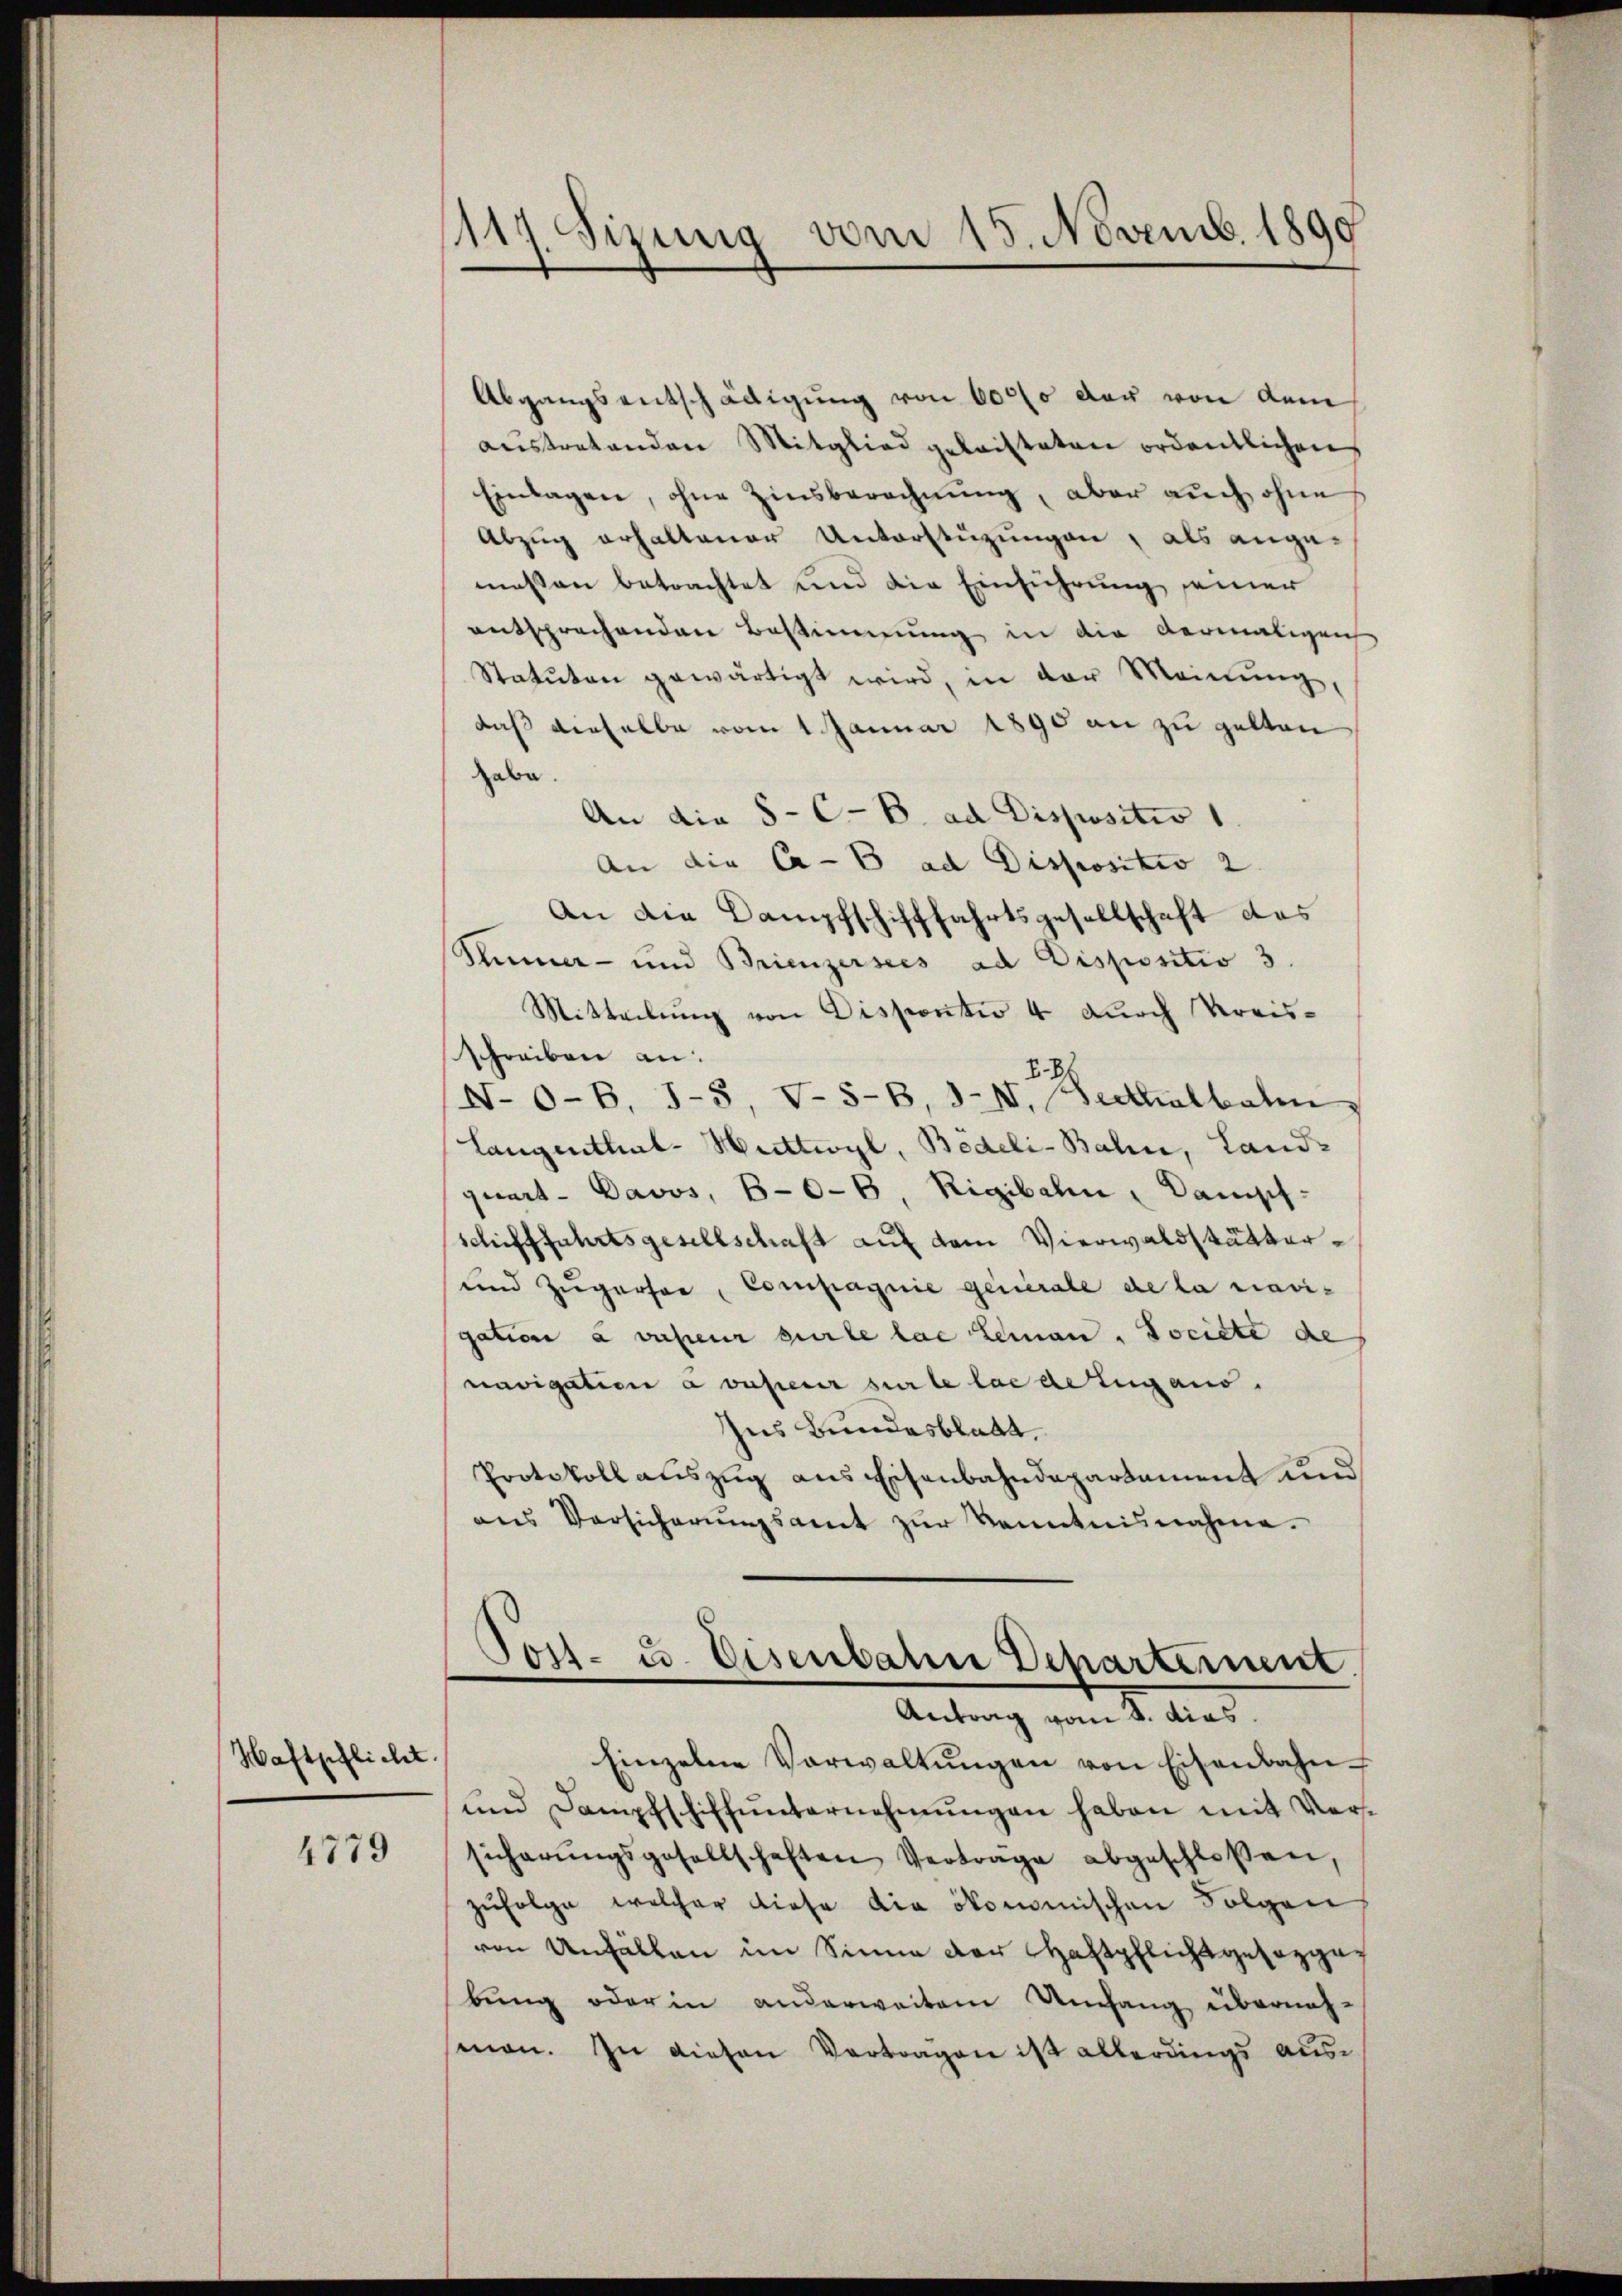
Haftpflicht.

4779

117. Sizung vom 15. Novemb. 1890

Abgangsentschädigung von 6000 der von dem
austretenden Mitglied geleisteten ordentlichen
Einlagen, ohne Zinsberechnung, aber auch ohne
Abzug erhaltener Unterstüzungen, als ange-
messen betrachtet und die Einführung seiner
entsprechenden Bestimmung in die dermaligen
Statuten gewärtigt wird, in der Meinŭng,
daß dieselbe vom 1 Januar 1890 an zu gelten
habe.
An die 8-C-B. ad Dispositiv 1
An die Ca-b ad Dispositiv 2.
An die Dampfschifffahrtsgesellschaft des
Stimmer- und Brienzersees ad Dispositio 3.
Mitteilung von Dispontiv 4. Durch Vereisschreiben an:
1.
N.O-B, J-8, V-S-B, III. Seithalbahn
Langenthal-Huttwyl, Bedeli-Bahn, Landquart - Davos, B-0-b. Rigibahn, Dampf-
schifffahrtsgesellschaft auf dem Vierwaldstätter¬
und Zugerfer, Compagnie generale de la revigation à valeur perte lae Leman, Societe de
navigation à vnserer sur le la de Lugano.
Ins Bundesblatt.
Protokoll auszug aus Eisenbahndepartement und
ans Versicherŭngsamt zŭr Kenntnisnahme.
Post- u. Eisenbahn Departement
Antrag vom 8. dies
Einzelne Verwaltŭngen von Eisenbahn-
und Dampfschiff ŭnternehmungen haben mit Versicherŭngsgesellschaften Vertrage abgeschloßen,
zŭfolge welcher diese die ökonomischen Folgen,
von Unfällen im Sinne der Haftpflichtgesezgabung oder in anderweitem Umfang übernahman. In diesen Vertragen ist allerdings aus¬